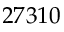
2 7 3 1 0